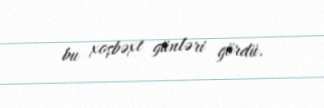
bu xoşbəxt günləri gördü.